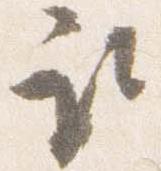
取